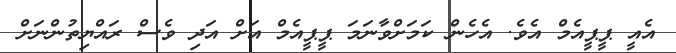
އެއީ ޕީޕީއެމް އެވެ. އެހެން ކަމަށްވާނަމަ ޕީޕީއެމް އަށް އަދި ވެސް ރައްޔިތުންނަށް